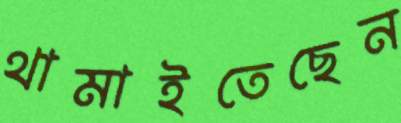
থামাইতেছেন